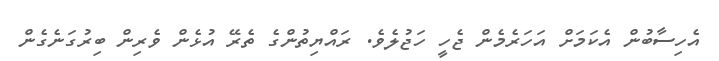
އެހިސާބުން އެކަމަށް އަހަރެމެން ޖެހީ ހަޖުލެވެ. ރައްޔިތުންގެ ތެރޭ އުޅެން ވެރިން ބިރުގަނެގެން